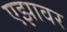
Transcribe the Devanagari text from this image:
एझावर